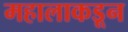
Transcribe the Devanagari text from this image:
महालाकडून